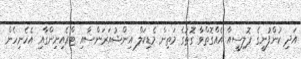
އަދި ކުންފުނީގެ ޕޮލިސީއާ އެއްގޮތްވާ ގޮތުގެ މަތިން މެޑިކަލް އިންޝުއަރަންސާއި ޓްރެއިނިންގާއި އެހެނިހެން